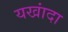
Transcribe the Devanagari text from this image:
यखांदा